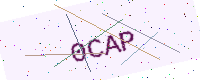
Text: 0CAP